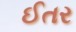
ઈતર